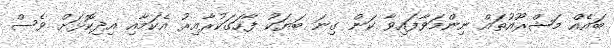
ބައެއް މަޝްރޫއުތައް ނިންމަވާފައިވާ ކަން ގިނަ ބަޔަކު ފާހަގަކުރާއިރު އެކަމާއި އިދިކޮޅަށް ވެސް